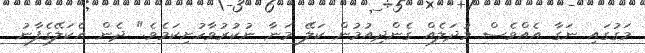
މަގުގައި ނަގާ އެއްވެސް މުދަލެއް ގެންދިއުމުން ކަލޭ މަނާ ނުކުރުވާހުށިކަމެވެ." ދެން އެކަލޭގެފާނު